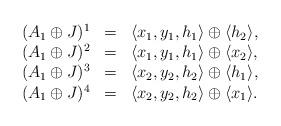
LaTeX: \begin{align*}\begin{array}{llllllllll}(A_1 \oplus J)^1&=& \langle x_1, y_1, h_1 \rangle \oplus \langle h_2 \rangle, \\(A_1 \oplus J)^2&=& \langle x_1, y_1, h_1 \rangle \oplus \langle x_2 \rangle, \\(A_1 \oplus J)^3&=& \langle x_2, y_2, h_2 \rangle \oplus \langle h_1 \rangle, \\(A_1 \oplus J)^4&=& \langle x_2, y_2, h_2 \rangle \oplus \langle x_1 \rangle.\end{array}\end{align*}